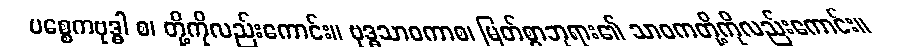
ပစ္စေကဗုဒ္ဓါ စ၊ တို့ကိုလည်းကောင်း။ ဗုဒ္ဓသာဝကာစ၊ မြတ်စွာဘုရား၏ သာဝကတို့ကိုလည်းကောင်း။